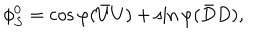
\phi _ { S } ^ { 0 } = \cos \varphi { ( \bar { U } U ) } + \sin \varphi { ( \bar { D } D ) } ,